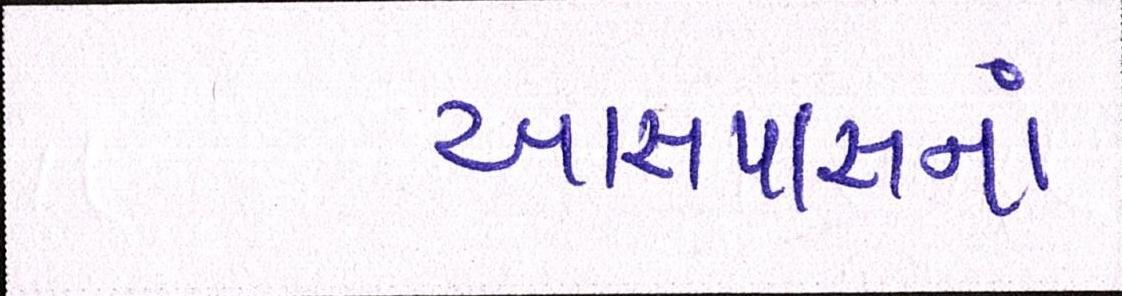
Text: આસપાસનાં